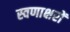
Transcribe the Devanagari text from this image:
स्वणाक्षरों